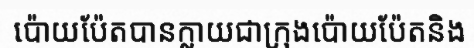
ប៉ោយប៉ែតបានក្លាយជាក្រុងប៉ោយប៉ែតនិង